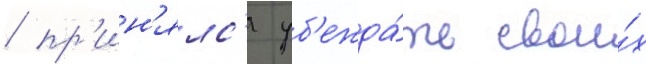
/ пр'ин'ялс'я уб'ежда́ть свои́х